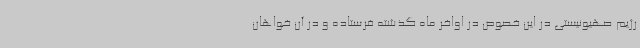
رژیم صهیونیستی در این خصوص در اواخر ماه گذشته فرستاده و در آن خواهان